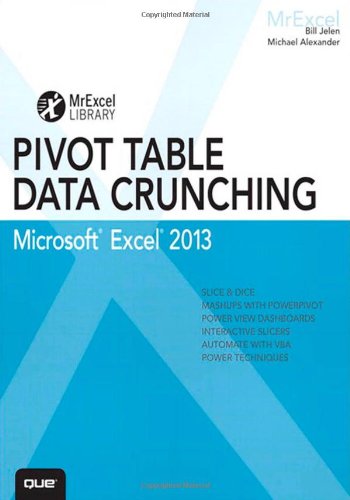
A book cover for Excel 2013 Pivot Table Data Crunching (MrExcel Library); Bill Jelen; Computers & Technology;